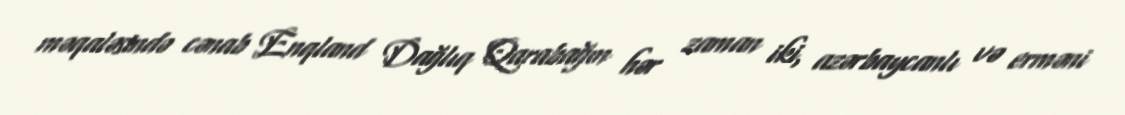
məqaləsində cənab Enqland Dağlıq Qarabağın hər zaman iki, azərbaycanlı və erməni